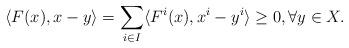
LaTeX: \begin{align*}\langle F(x), x - y \rangle = \sum_{i\in I} \langle F^i(x), x^i - y^i \rangle \geq 0, \forall y \in X.\end{align*}